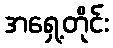
အရှေ့တိုင်း